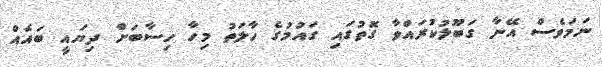
ނަމަވެސް އޭނާ ގަބޫލުކުރައްވާ ގޮތުގައި ގައުމުގެ ހާލަތު މިހާ ހިސާބަށް ދިޔައީ ބައެއް